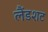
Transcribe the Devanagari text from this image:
लैंडशट